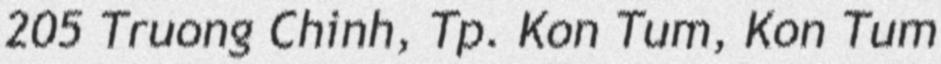
205 Truong Chinh, Tp. Kon Tum, Kon Tum